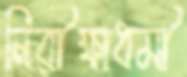
নিরীক্ষাধর্মী